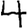
Digit: 4